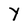
Character: y